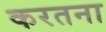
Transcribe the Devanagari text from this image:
करतना